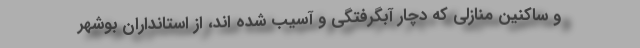
و ساکنین منازلی که دچار آبگرفتگی و آسیب شده اند، از استانداران بوشهر